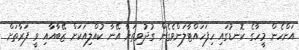
އަންހެން މީހާގެ ކޮނޑުގައި ހިފަހައްޓާލަންވެގެން ގުދުވިތަނާ އޭނާ ކުއްލިއަކަށް ޒޭބާއާއި ވީ ފަރާތަށް